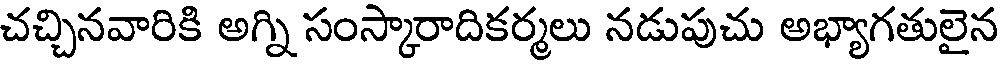
చచ్చినవారికి అగ్ని సంస్కారాదికర్మలు నడుపుచు అభ్యాగతులైన